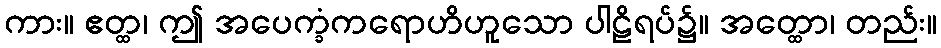
ကား။ ဧတ္ထ၊ ဤ အပေက္ခံကရောဟိဟူသော ပါဠိရပ်၌။ အတ္ထော၊ တည်း။